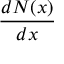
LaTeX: \frac { d N ( x ) } { d x }